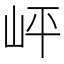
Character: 岼